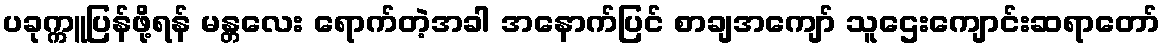
ပခုက္ကူပြန်ဖို့ရန် မန္တလေး ရောက်တဲ့အခါ အနောက်ပြင် စာချအကျော် သူဌေးကျောင်းဆရာတော်